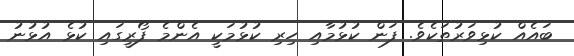
ބައެއް ކުޅިވަރުތަކެވެ. ފަން ކުޅުމާއި ހިރި ކުޅުމަކީ އެންމެ ފޯރީގައި ކުޅެ އުޅުނު